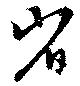
省